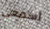
أسمعى